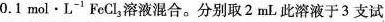
0.1mol·L^{-1}FeCl_{3}溶液混合。分别取2mL此溶液于3支试